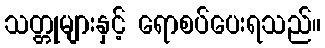
သတ္တုများနှင့် ရောစပ်ပေးရသည်။